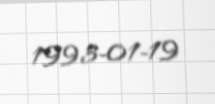
1993-01-19